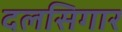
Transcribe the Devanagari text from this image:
दलसिगार